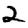
Digit: 2